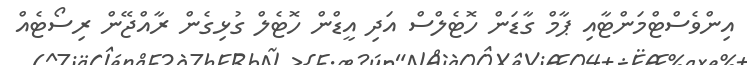
އިންވެސްޓްމަންޓާއި ޕާމް ގާޑަން ހޮޓެލްސް އަދި އީޑްން ހޮޓެލް ގުޅިގެން ރާއްޖޭން ރިސޯޓެއް